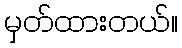
မှတ်ထားတယ်။